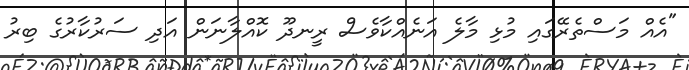
"އެއް މަސްތެރޭގައި މުޅި މާލެ އަނެއްކާވެސް ރީނދޫ ކޮއްލާނަން އަދި ސަރުކާރުގެ ބިރު